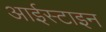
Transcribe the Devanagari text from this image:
आईस्टाइन